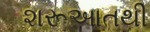
શરૂઆતથી